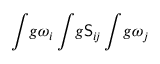
\int \! g \omega _ { i } \int \! g \mathsf { S } _ { i \! j } \int \! g \omega _ { j }